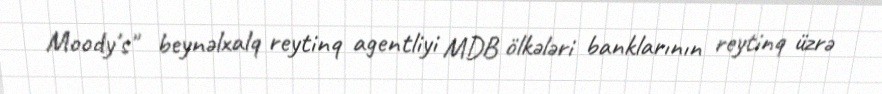
Moody's" beynəlxalq reytinq agentliyi MDB ölkələri banklarının reytinq üzrə